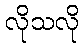
လိုသလို